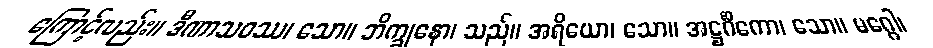
ကြောင့်လည်း။ ဒီဏာသဝဿ၊ သော။ ဘိက္ခုနော၊ သည်။ အရိယော၊ သော။ အဋ္ဌင်္ဂိကော၊ သော။ မဂ္ဂေါ၊